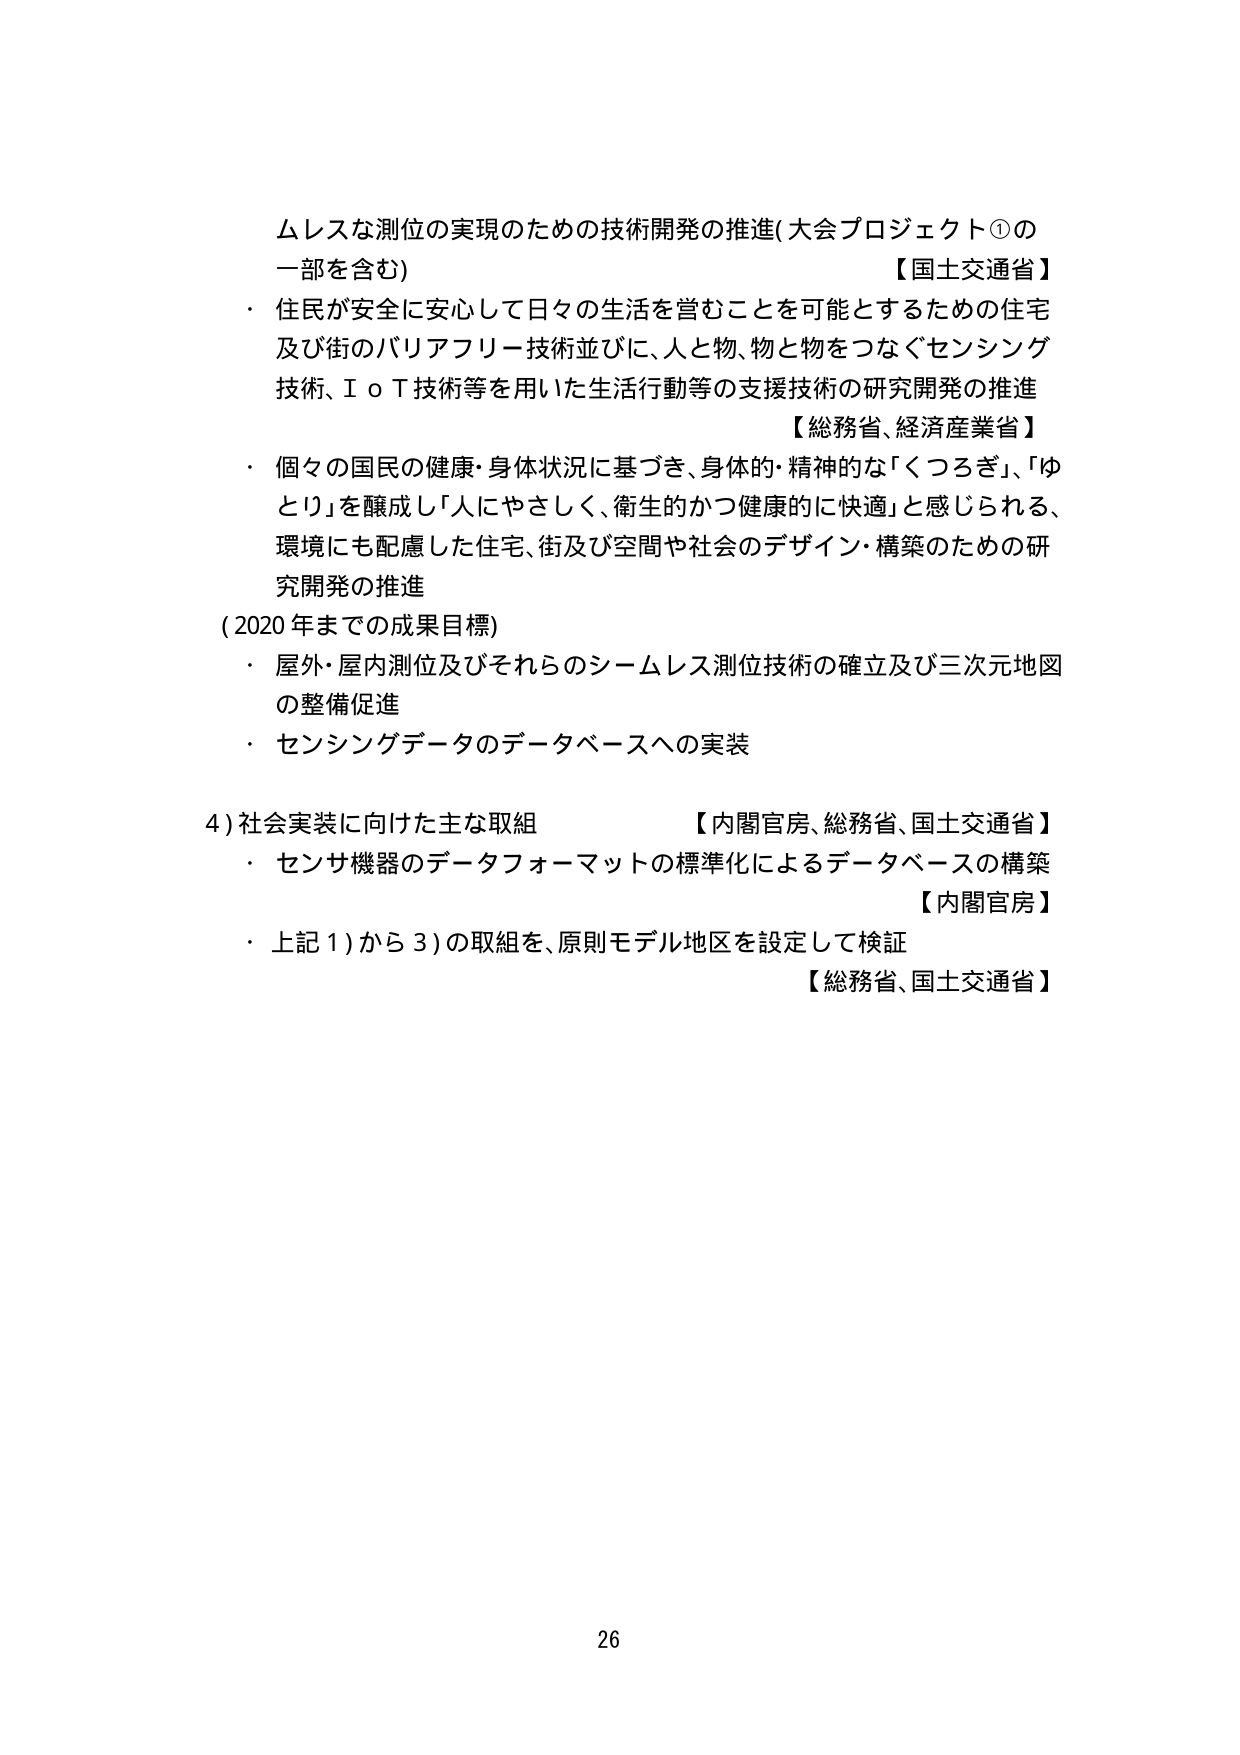
ムレスな測位の実現のための技術開発の推進（大会プロジェクト①の一部を含む）
【国土交通省】
・住民が安全に安心して日々の生活を営むことを可能とするための住宅及び街のバリアフリー技術並びに、人と物、物と物をつなぐセンシング技術、ＩｏＴ技術等を用いた生活行動等の支援技術の研究開発の推進
【総務省、経済産業省】
・個々の国民の健康・身体状況に基づき、身体的・精神的な「くつろぎ」、「ゆとり」を醸成し「人にやさしく、衛生的かつ健康的に快適」と感じられる、環境にも配慮した住宅、街及び空間や社会のデザイン・構築のための研究開発の推進
（2020年までの成果目標）
・屋外・屋内測位及びそれらのシームレス測位技術の確立及び三次元地図の整備促進
・センシングデータのデータベースへの実装
4）社会実装に向けた主な取組
【内閣官房、総務省、国土交通省】
・センサ機器のデータフォーマットの標準化によるデータベースの構築
【内閣官房】
・上記1）から3）の取組を、原則モデル地区を設定して検証
【総務省、国土交通省】
26